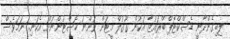
ލިބިގެންދާނީ ޑެސްކްޓޮޕް ބްރައުޒާ އަކުން ގޫގުލް މީޓަށް ވަންނަ ހޮސްޓުންނަށް އެކަނި. ނަމަވެސް